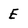
Character: E